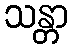
သန္တာ